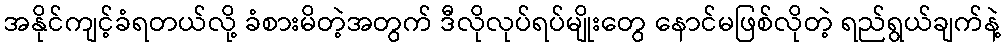
အနိုင်ကျင့်ခံရတယ်လို့ ခံစားမိတဲ့အတွက် ဒီလိုလုပ်ရပ်မျိုးတွေ နောင်မဖြစ်လိုတဲ့ ရည်ရွယ်ချက်နဲ့